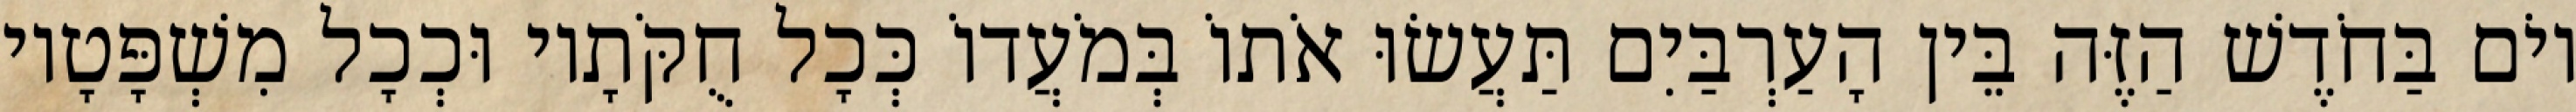
יוֹם בַּחֹדֶשׁ הַזֶּה בֵּין הָעַרְבַּיִם תַּעֲשׂוּ אֹתוֹ בְּמֹעֲדוֹ כְּכָל חֻקֹּתָיו וּכְכָל מִשְׁפָּטָיו